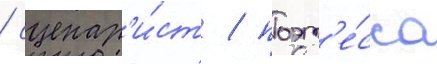
/ сценар'и́ст / поэт'е́сса